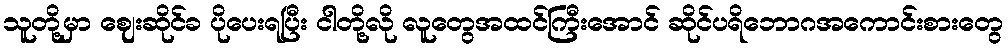
သူတို့မှာ ဈေးဆိုင်ခ ပိုပေးရပြီး ငါတို့လို လူတွေအထင်ကြီးအောင် ဆိုင်ပရိဘောဂအကောင်းစားတွေ